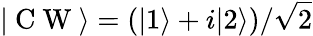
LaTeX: \vert\mathrm{~C~W~}\rangle=(\vert 1\rangle+i\vert 2\rangle)/\sqrt{2}